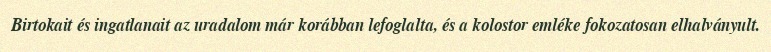
Birtokait és ingatlanait az uradalom már korábban lefoglalta, és a kolostor emléke fokozatosan elhalványult.